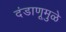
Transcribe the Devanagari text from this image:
दंडाणूमुळे